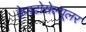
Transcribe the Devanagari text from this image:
हेपाटोसेल्यूलर